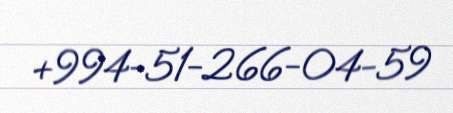
+994-51-266-04-59